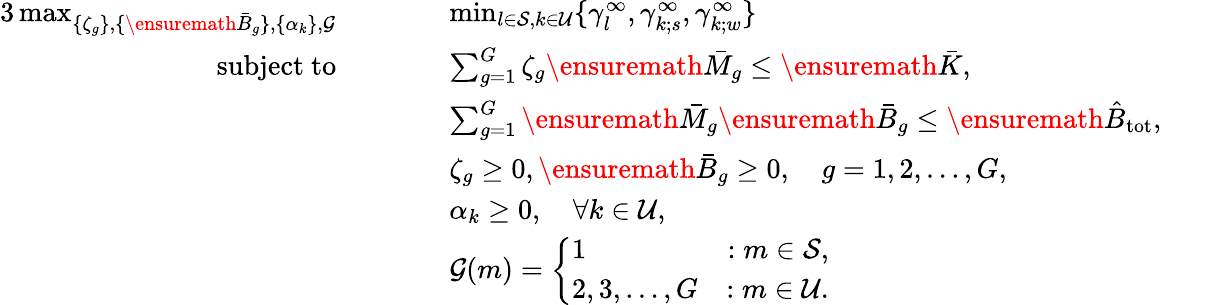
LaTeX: \begin{array}{rlrlrl}{{3}\operatorname*{max}_{\{ \zeta_{g}\} ,\{ \ensuremath{\bar{B}}_{g}\} ,\{ \alpha_{k}\} ,\mathcal{G}}}&{\quad}&&{\operatorname*{min}_{l\in\mathcal{S},k\in\mathcal{U}}\{ \gamma_{l}^{\infty},\gamma_{k;s}^{\infty},\gamma_{k;w}^{\infty}\} }&&{}\\ {\mathrm{subject~to}}&{}&&{\sum_{g=1}^{G}\zeta_{g}\ensuremath{\bar{M}}_{g}\le\ensuremath{\bar{K}},}&&{}\\ &{}&&{\sum_{g=1}^{G}\ensuremath{\bar{M}}_{g}\ensuremath{\bar{B}}_{g}\le\ensuremath{\hat{B}_{\mathrm{tot}}},}&&{}\\ &{}&&{\zeta_{g}\ge 0,\ensuremath{\bar{B}}_{g}\ge 0,\quad g=1,2,\ldots,G,}&&{}\\ &{}&&{\alpha_{k}\ge 0,\quad\forall k\in\mathcal{U},}&&{}\\ &{}&&{\mathcal{G}(m)=\left\{ \begin{array}{lr}{1}&{:m\in\mathcal{S},}\\ {2,3,\ldots,G}&{:m\in\mathcal{U}.}\end{array}\right.}&&{}\end{array}